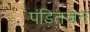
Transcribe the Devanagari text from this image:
पंडितजन